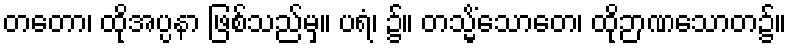
တတော၊ ထိုအပ္ပနာ ဖြစ်သည်မှ။ ပရံ၊ ၌။ တသ္မိံသောတေ၊ ထိုဉာဏသောတ၌။